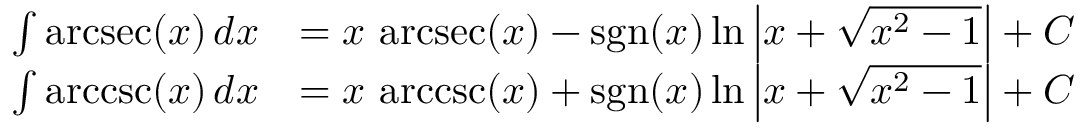
{ \begin{array} { r l } { \int \operatorname { a r c s e c } ( x ) \, d x } & { = x \, \operatorname { a r c s e c } ( x ) - \operatorname { s g n } ( x ) \ln \left| x + { \sqrt { x ^ { 2 } - 1 } } \right| + C } \\ { \int \operatorname { a r c c s c } ( x ) \, d x } & { = x \, \operatorname { a r c c s c } ( x ) + \operatorname { s g n } ( x ) \ln \left| x + { \sqrt { x ^ { 2 } - 1 } } \right| + C } \end{array} }